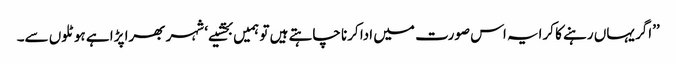
’’اگر یہاں رہنے کا کرایہ اس صورت میں ادا کرنا چاہتے ہیں تو ہمیں بخشیے‘ شہر بھرا پڑا ہے ہوٹلوں سے۔